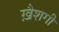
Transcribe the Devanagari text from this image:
ख़ैशगी